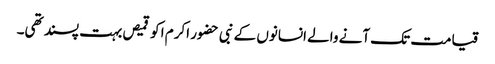
قیامت تک آنے والے انسانوں کے نبی حضور اکرم ا کو قمیص بہت پسند تھی۔